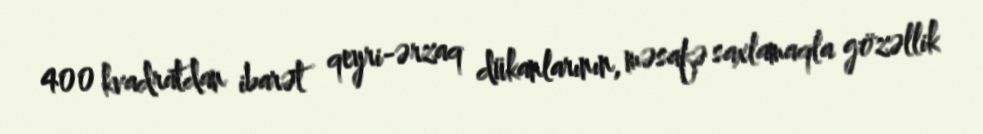
400 kvadratdan ibarət qeyri-ərzaq dükanlarının, məsafə saxlamaqla gözəllik